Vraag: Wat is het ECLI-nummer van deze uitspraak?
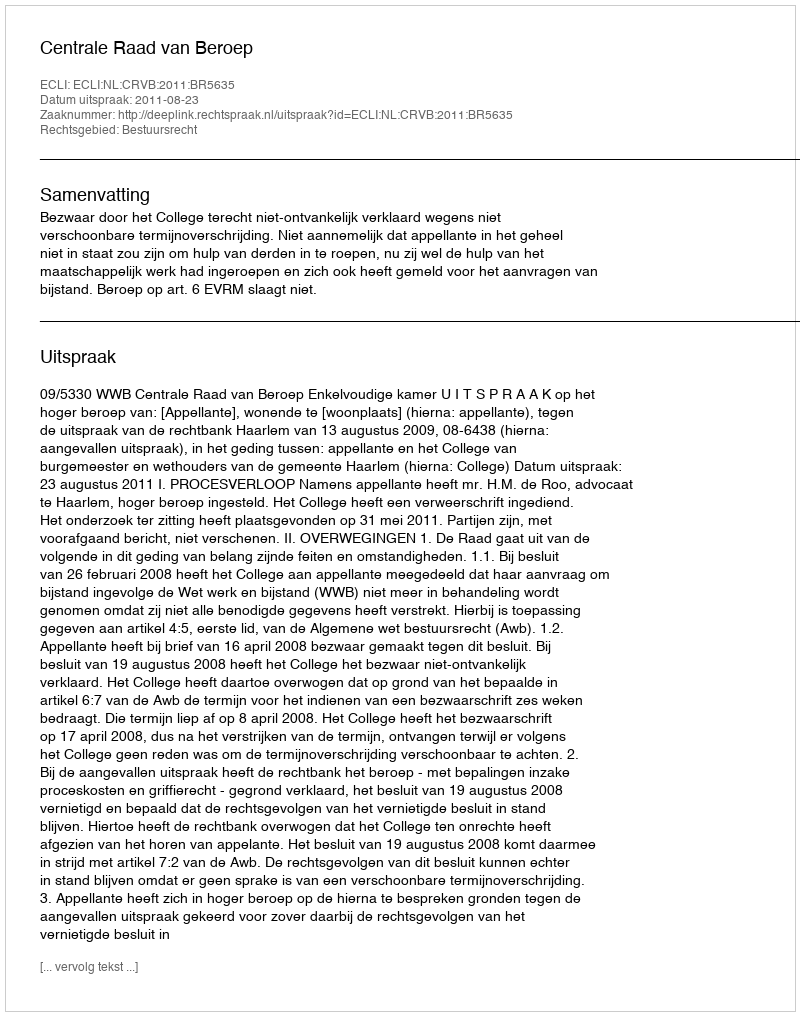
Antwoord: ECLI:NL:CRVB:2011:BR5635